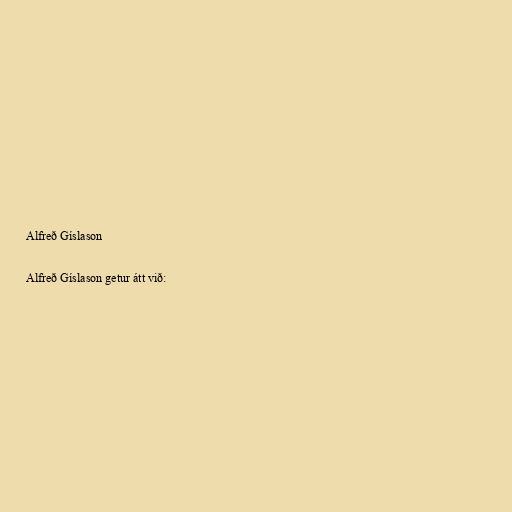
Alfreð Gíslason

Alfreð Gíslason getur átt við: